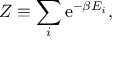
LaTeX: Z \equiv \sum _ { i } \mathrm { e } ^ { - \beta E _ { i } } ,